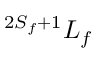
^ { 2 { S } _ { f } + 1 } { L } _ { f }